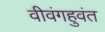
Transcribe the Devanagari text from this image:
वीवंगहुवंत